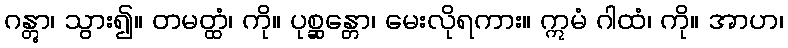
ဂန္တွာ၊ သွား၍။ တမတ္ထံ၊ ကို။ ပုစ္ဆန္တော၊ မေးလိုရကား။ ဣမံ ဂါထံ၊ ကို။ အာဟ၊